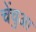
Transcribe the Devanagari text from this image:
चेंचुआ